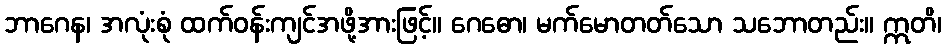
ဘာဂေန၊ အလုံးစုံ ထက်ဝန်းကျင်အဖို့အားဖြင့်။ ဂေဓော၊ မက်မောတတ်သော သဘောတည်း။ ဣတိ၊